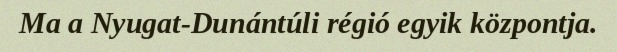
Ma a Nyugat-Dunántúli régió egyik központja.